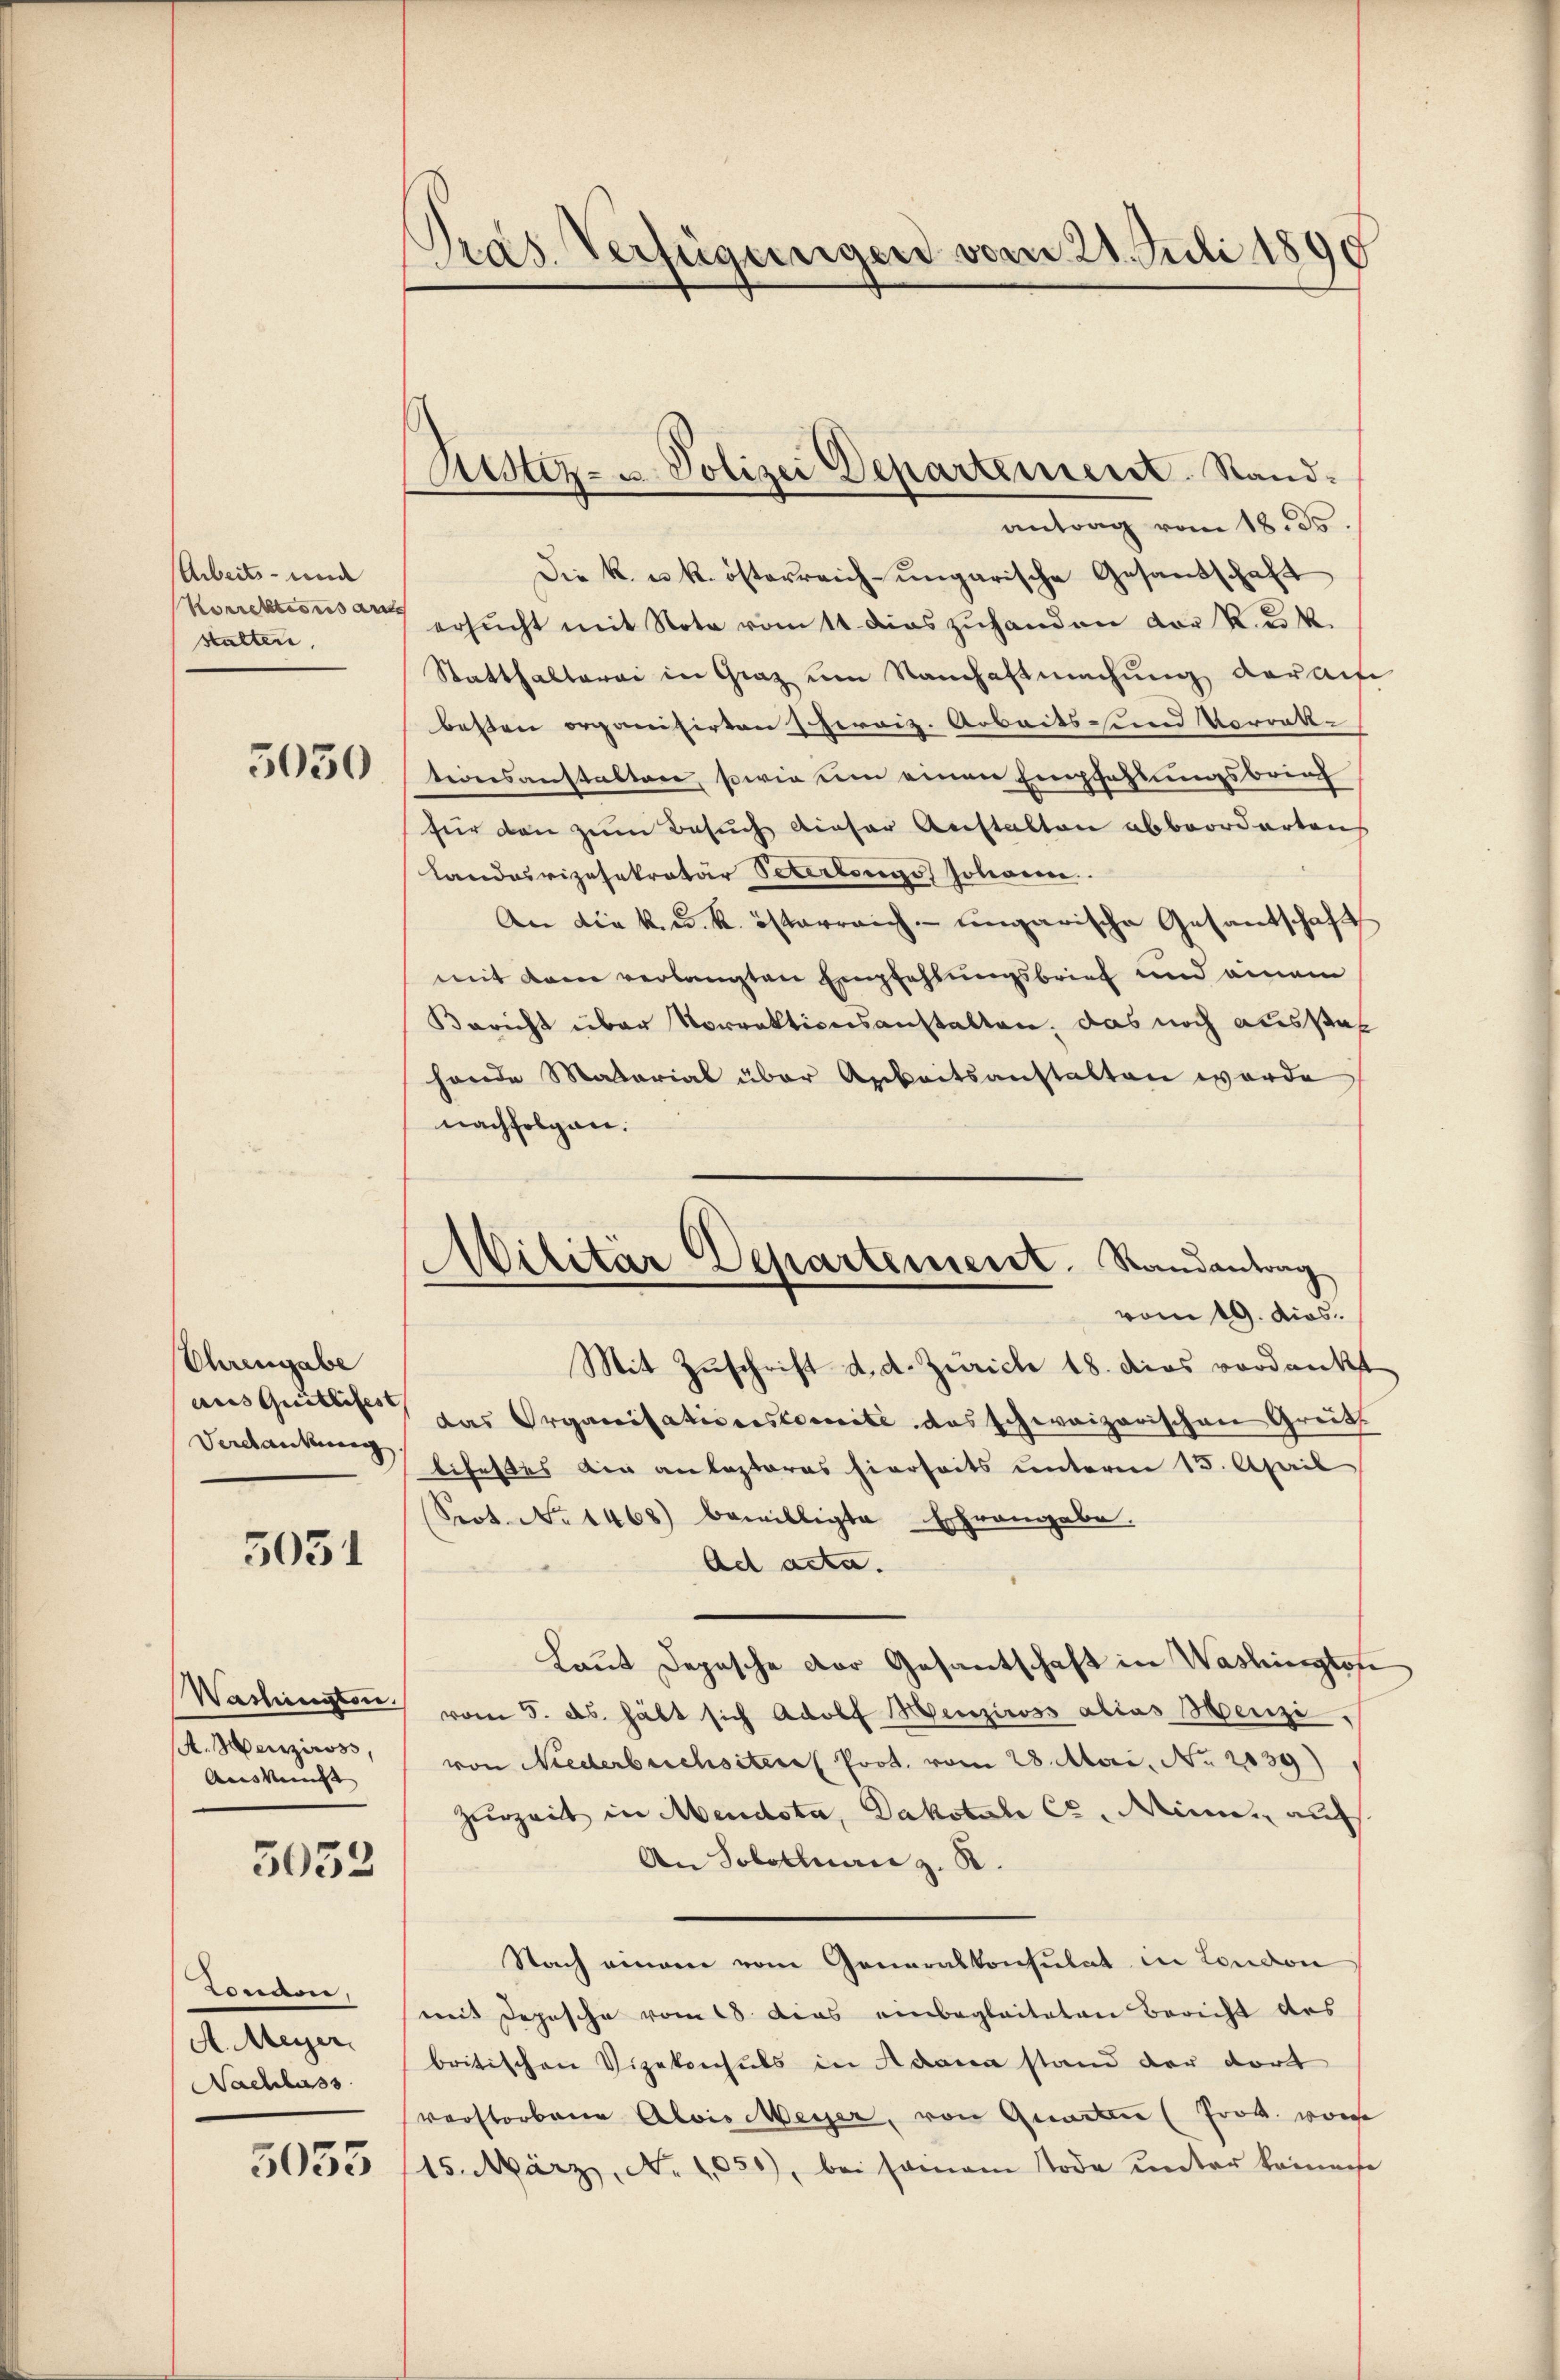
Arbeits- und
Korrektions au
stalten.

5050

Ehrengabe
ausquittifest
Verdankung.

5031

Washington.
A. Menziross,
Auskunst

3052

London,
A. Meyer,
Nachlass

5053

Pras. Verfügungen vom 21. Juli 1890

Rustiz- u. Polizei Departement. Stand.

antrag vom 18. ds.
Die k. u. k. österreich-ungarische Gesandschaft
ersucht mit Note vom 1t dies zuhanden vor K. u. k.
Statthalterei in Graz um Sandhaftmachung darau
bessen organisirten scherriz. Arbeits- und Vorrek-
tionsanstalten, sowie ein einen Empfahlungsbrich
für den zum Besuch dieser Anstalten abbeorderten
Landasvizesekretär Peterlings Johann
An die k. k. k. österreich ungarische Gesantschaft
mit dann verlangten Empfehlungsbrief und einem
Bericht über Vorrektionsanstalten, das noch ausstaf
hande Material über Arbeitsanstalten werde
nachfolgen.
Mit Zuschrift d. d. Zürich 18. Das verdankt
das Organisationskomite das schweizerischen Greifs
lifestes ain anlasteres hierseits unterm 15. April
Srot. No 1468) bewilligte Erhrangabe.
Ad acta.
Laut Depesche der Gesantschaft in Washington
vom 5. ds. hält sich Adolf Menziross alias Menzi,
von Niederbuchsteres Prot. vom 28. Mai. No. 2039)
Zerzeit in Mendota, Dakotel C. Minne auf
An Solothurn z. B.
Nach einem vom Generalkonsulat in London
mit Depesche vom 18. Das einbegleiteten Bericht des
britischen Vizekonsuls in Adann stand der dort
verstorbene Alois Meyer, von Gnaden (Frod. worde
15. März, No 1051), bei seinem Tode ŭnter kommene

Militar Departement. Randantrag
vom 19. dios.